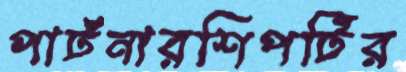
পার্টনারশিপটির